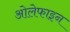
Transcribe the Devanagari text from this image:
ओलेफाइन